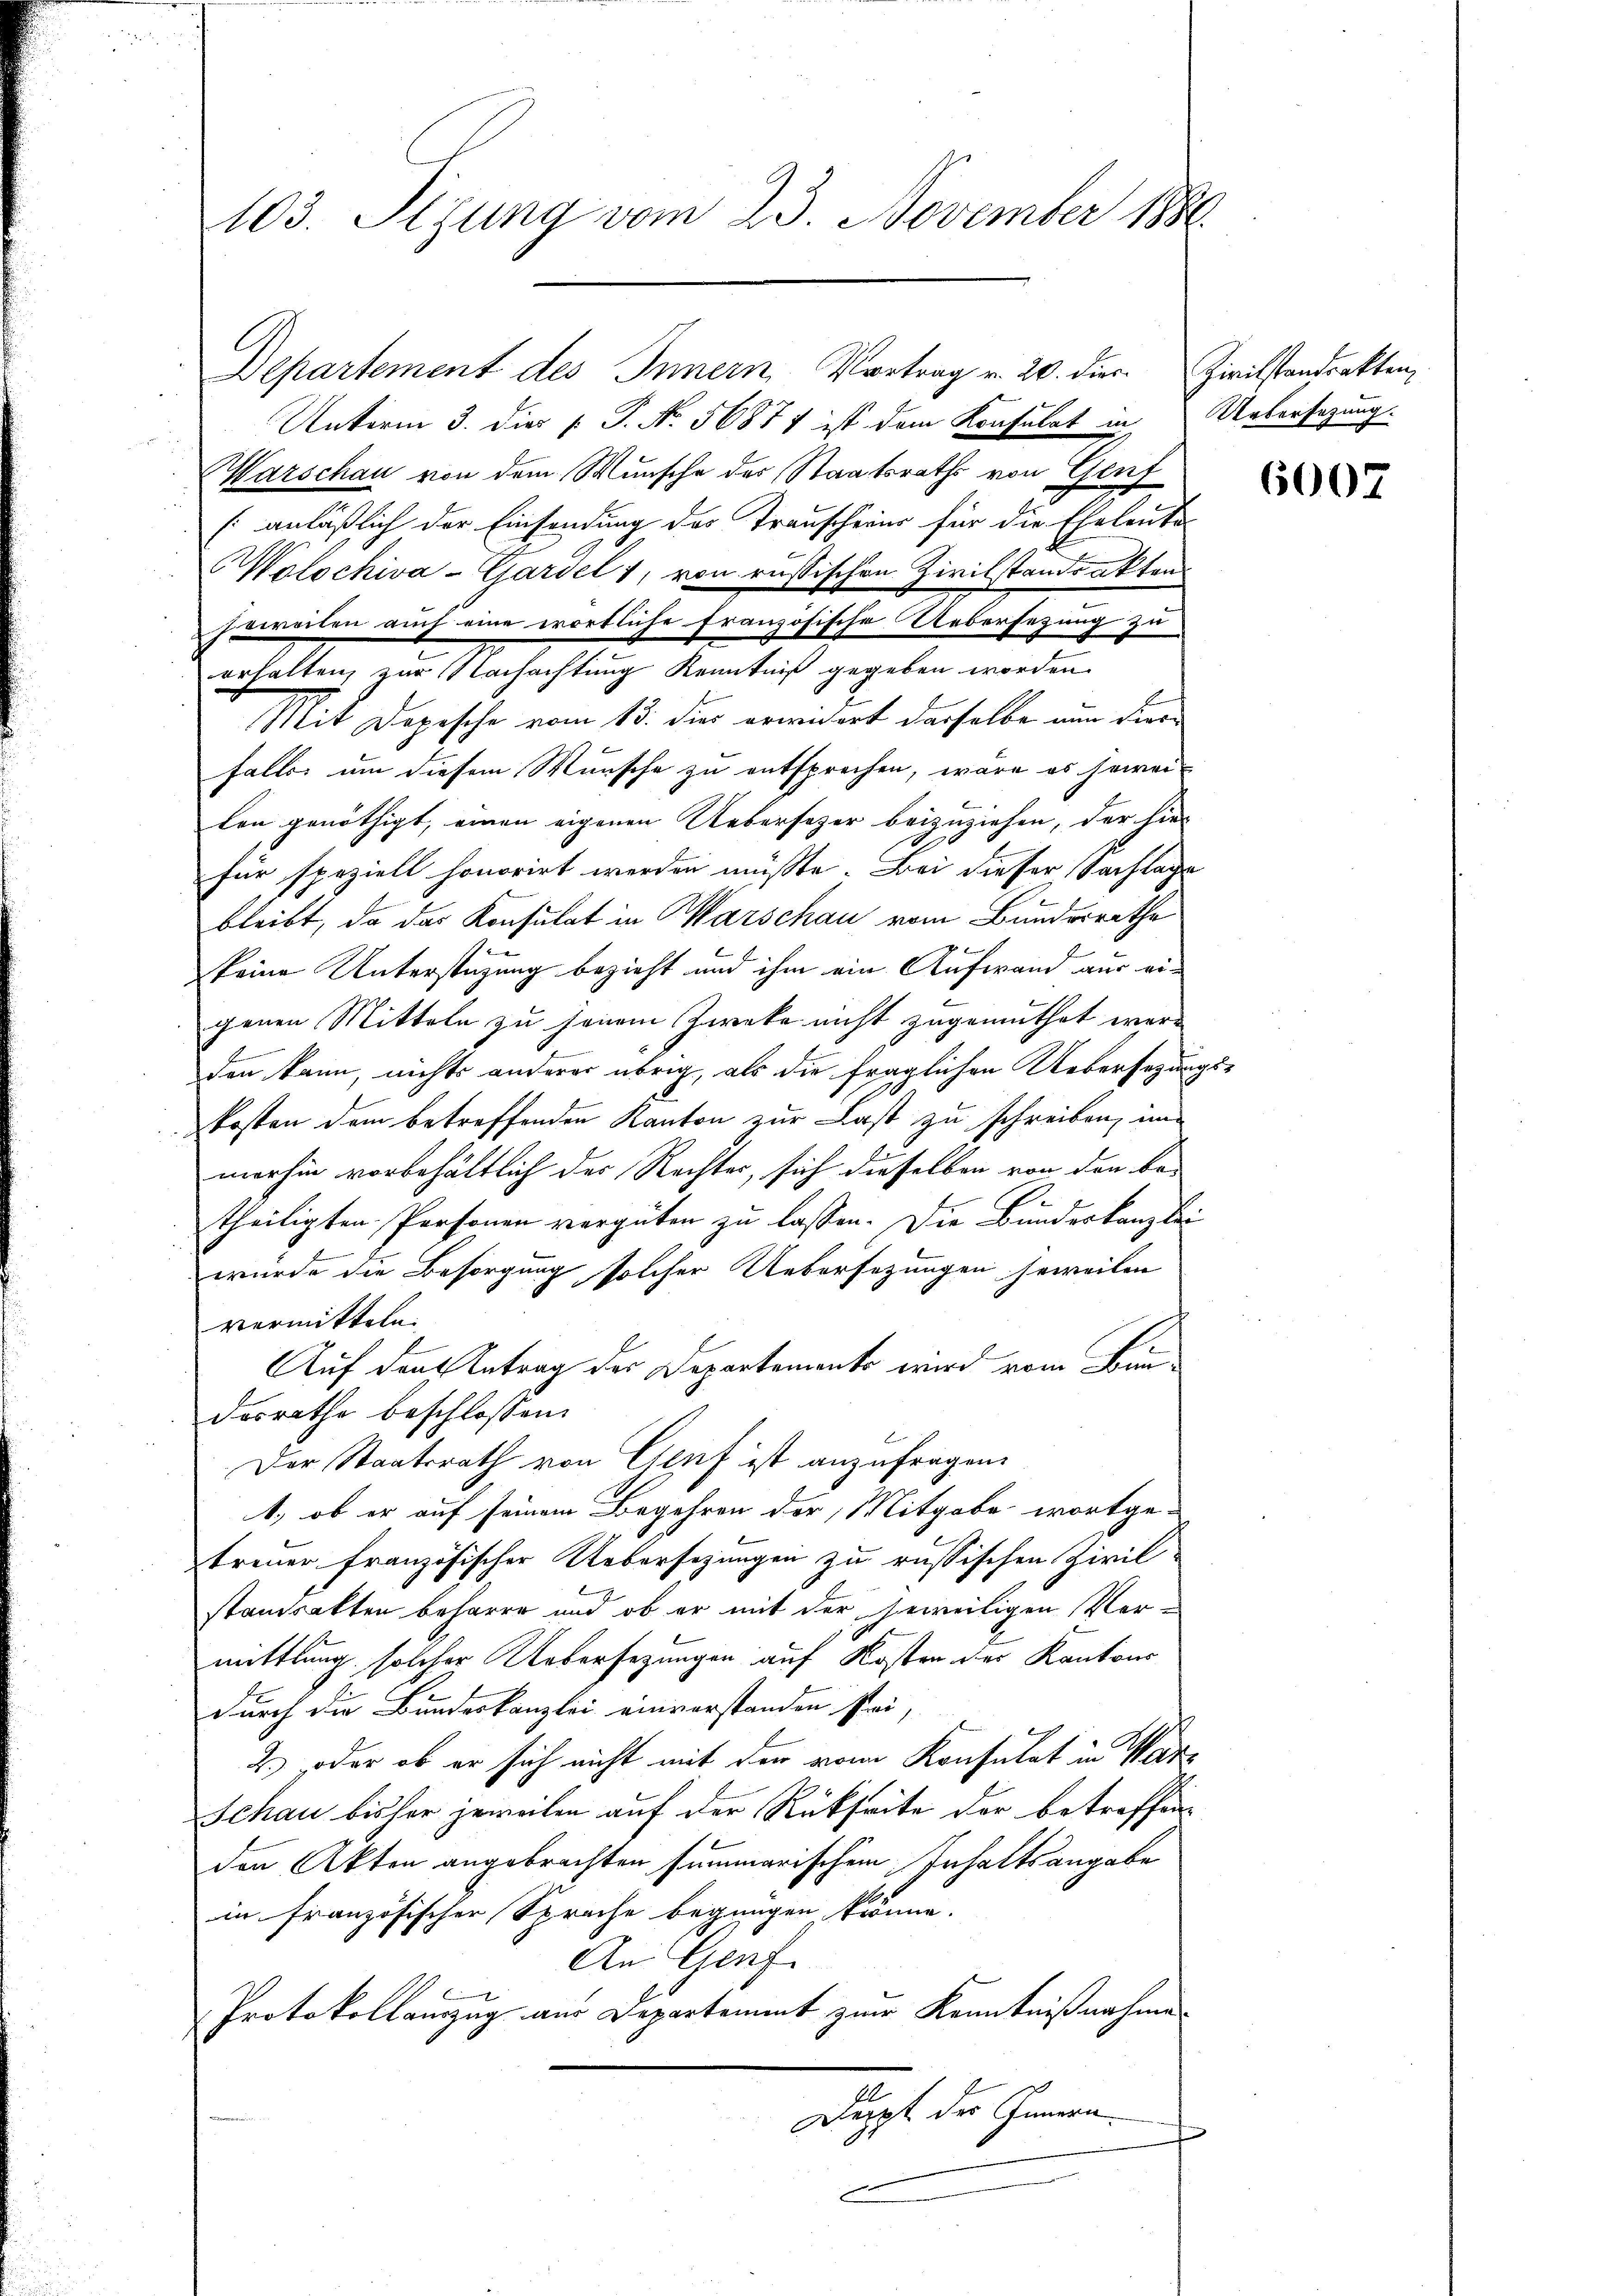
103. Segung vom 23. November 1881.

Unterm 3. dies [ P. Nr. 56871 ist dem Konsulat in Uebersagung.
Marschau von dem Wunsche der Staatsraths von Genf
[anläßlich der Einsendung des Trauscherin für die Eheleute
Wolochiva-Gardel 1, von russischen Zivilstandrakten
soweiten auch eine wörtliche französische Uebersezung zu
erhalten, zur Nachachtung Kenntniß gegeben worden.
Mit Depische vom 15. dies erwidert dasselbe nun diefalls um diesem Wunsche zu entsprechen, wäre es hervor-
ten genöthigt, einen eigenen Uebersezer beizuziehen, der hie
für speziell honorirt werden müßte. Bei dieser Sachlage
bleibt, da das Konsulat in Marschau vom Bundesrathe
x
keine Unterstüzung bezieht und ihm ein Aufwand aus eigenen Mitteln zu jenem Zwecke nicht zugemuthet werden kann, nichts anderer übrig, als die fraglichen Uebersetzungskosten dem betreffenden Kanton zur Last zu schreiben, im
merhin vorbehältlich der Rechter, sich dieselben von den be-
2
theiligten Personen vergüten zu lassen. Die Bundeskanzlei
wurde die Besorgung solcher Uebersetzungen jeweilen
vermitteln.
Auf den Antrag der Departements wird vom Bun
dosrathe beschlossen:
Der Staatsrath von Genf ist anzufragen.
1, ob er auf seinem Begehren der Mitgabe wortge-
treuer französischer Uebersezungen zu russischen Zivil-
standsakten beharre und ob er mit der jeweiligen Vermittlung solcher Uebersetzungen auf Kosten der Kantons
durch die Bundeskanzlei einverstanden stei-
2) oder ob er sich nicht mit der vom Konsulat in War¬
Schau bisher jeweilen auf der Rückseite der betreffenden Akten angebrachten summarischem Inhaltsangabe
in französischer Sprache begnügen könne.
An Genf.
Protokollauszug aus Departement zur Kenntnißnahme
Duppst der Innern.
c

Departement des Innern Vortrag v. 20. dies Zivilstandrakten,

6007